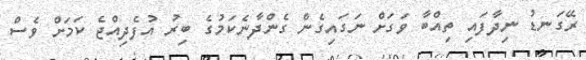
ރޭގަނޑު ނިދާފައި ތިއްބާ ވަގަށް ނަގައިގެން ގެންދާނެކަމުގެ ބިރު އުފެދިއްޖެ ކަމަށް ވެސް